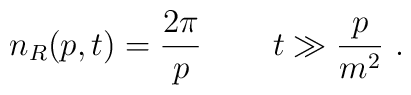
n_R(p,t)=\frac{2\pi}p\, \qquad t\gg\frac p{m^2}\ .